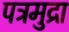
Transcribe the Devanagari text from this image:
पत्रमुद्रा